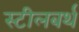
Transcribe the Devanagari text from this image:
स्टीलबर्थ